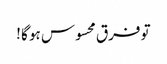
تو فرق محسوس ہو گا !